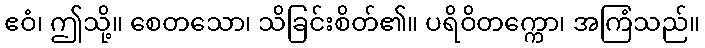
ဧဝံ၊ ဤသို့။ စေတသော၊ သိခြင်းစိတ်၏။ ပရိဝိတက္ကော၊ အကြံသည်။